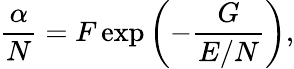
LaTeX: \frac{\alpha}{N}=F\exp{\left(-\frac{G}{E/N}\right)},